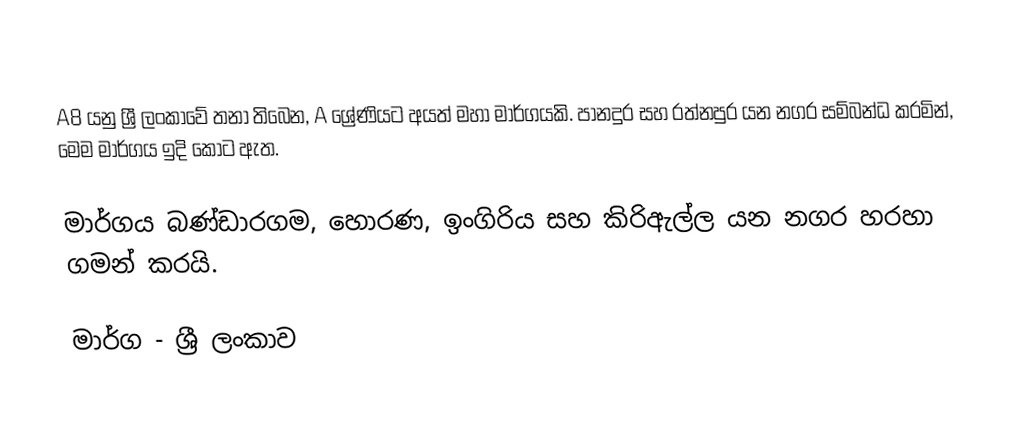
A8  යනු ශ්‍රී ලංකාවේ තනා තිබෙන, A ශ්‍රේණියට අයත් මහා මාර්ගයකි. පානදුර සහ රත්නපුර යන නගර සම්බන්ධ කරමින්, මෙම මාර්ගය ඉදි කොට ඇත.

මාර්ගය බණ්ඩාරගම, හොරණ, ඉංගිරිය සහ කිරිඇල්ල යන නගර හරහා ගමන් කරයි.

මාර්ග - ශ්‍රී ලංකාව